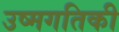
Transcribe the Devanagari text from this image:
उष्मगतिकी